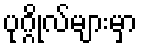
ပုဂ္ဂိုလ်များမှာ